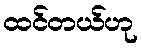
ထင်တယ်ဟု